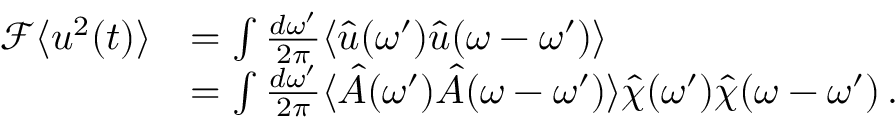
\begin{array} { r l } { \mathcal { F } \langle u ^ { 2 } ( t ) \rangle } & { = \int \frac { d \omega ^ { \prime } } { 2 \pi } \langle \hat { u } ( \omega ^ { \prime } ) \hat { u } ( \omega - \omega ^ { \prime } ) \rangle } \\ & { = \int \frac { d \omega ^ { \prime } } { 2 \pi } \langle \hat { A } ( \omega ^ { \prime } ) \hat { A } ( \omega - \omega ^ { \prime } ) \rangle \hat { \chi } ( \omega ^ { \prime } ) \hat { \chi } ( \omega - \omega ^ { \prime } ) \, . } \end{array}